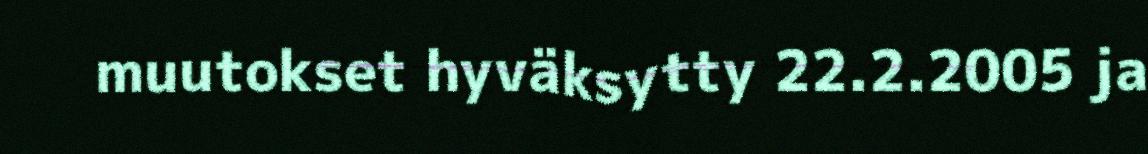
muutokset hyväksytty 22.2.2005 ja